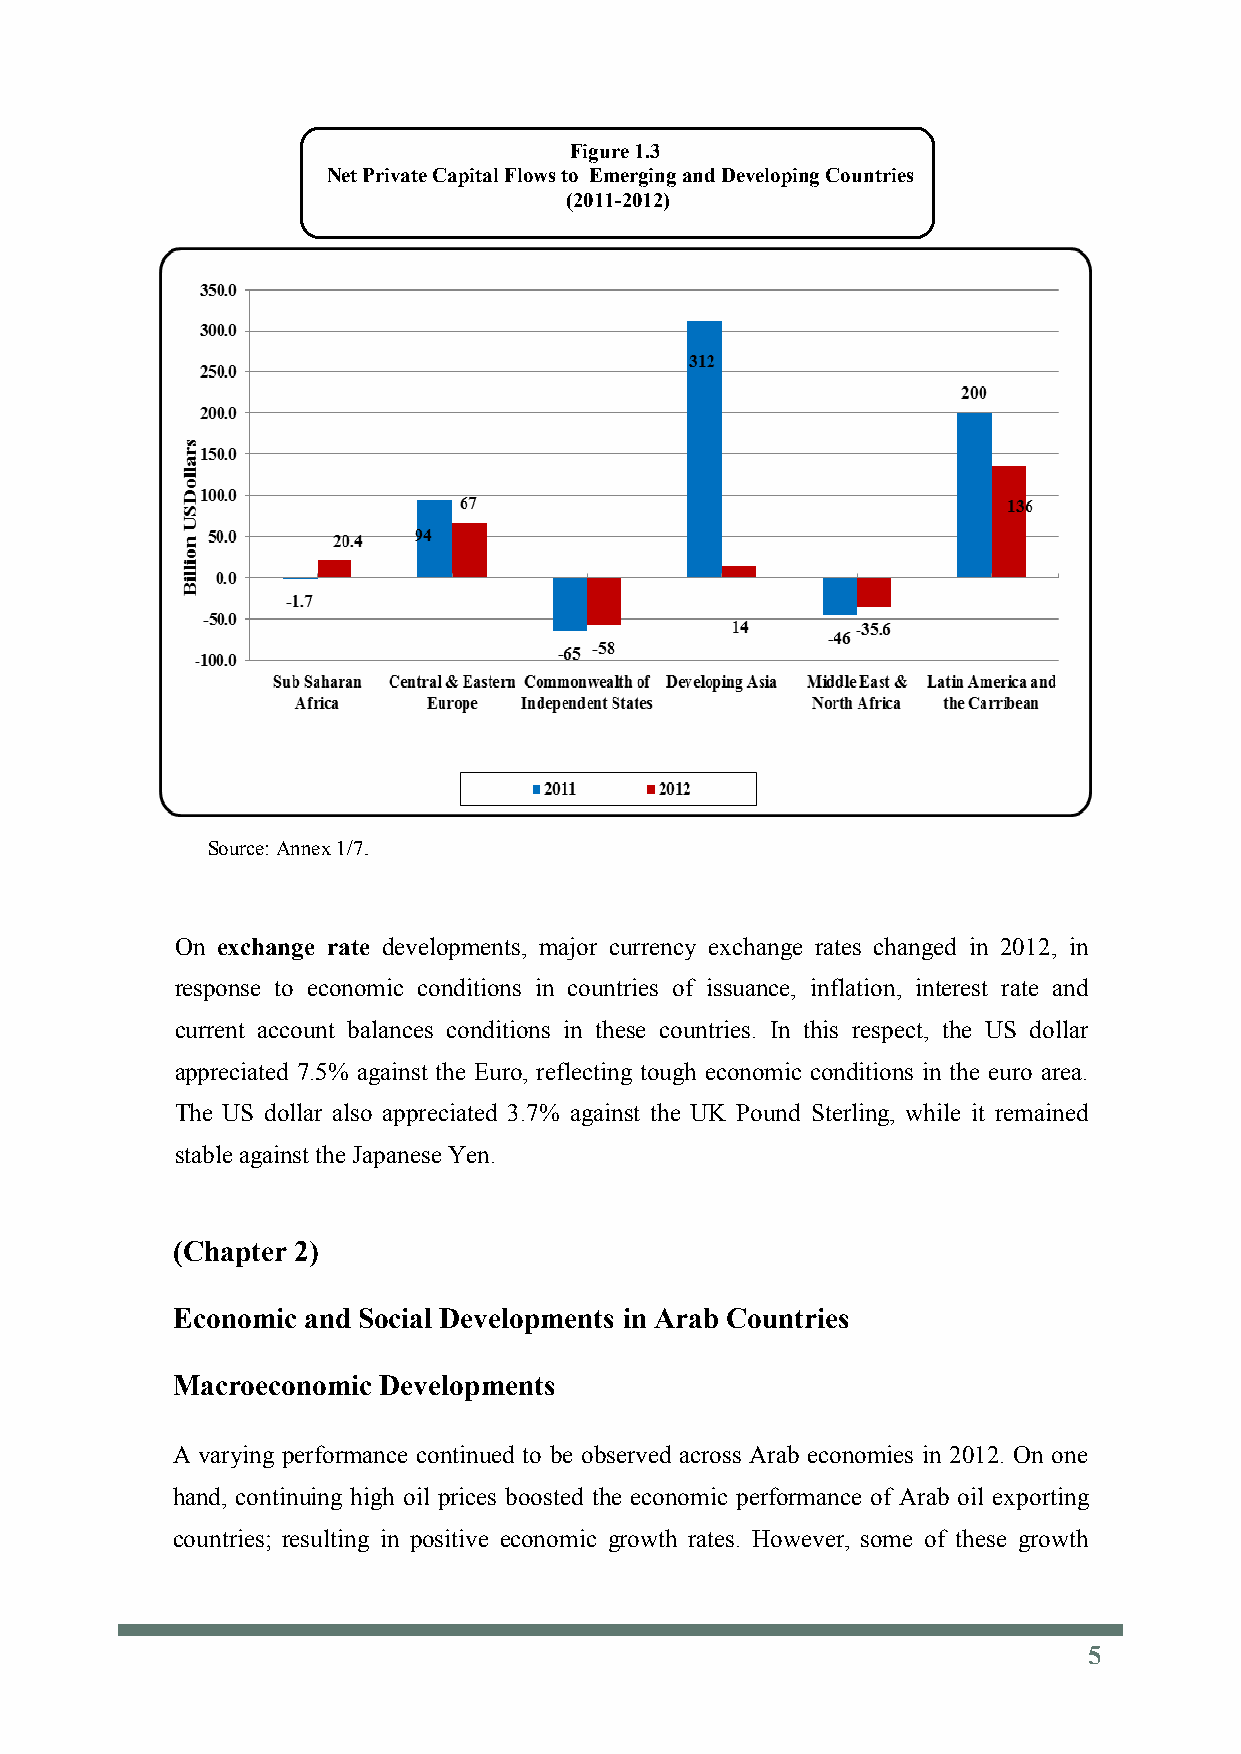
Figure 1.3
 Net Private Capital Flows to Emerging and Developing Countries
 (2011-2012)
 Source: Annex 1/7.
 On exchange rate developments, major currency exchange rates changed in 2012, in
 response to economic conditions in countries of issuance, inflation, interest rate and
 current account balances conditions in these countries. In this respect, the US dollar
 appreciated 7.5% against the Euro, reflecting tough economic conditions in the euro area.
 The US dollar also appreciated 3.7% against the UK Pound Sterling, while it remained
 stable against the Japanese Yen.
 (Chapter 2)
 Economic and Social Developments in Arab Countries
 Macroeconomic Developments
 A varying performance continued to be observed across Arab economies in 2012. On one
 hand, continuing high oil prices boosted the economic performance of Arab oil exporting
 countries; resulting in positive economic growth rates. However, some of these growth
 5
 5